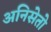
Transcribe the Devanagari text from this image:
अनिसेतो